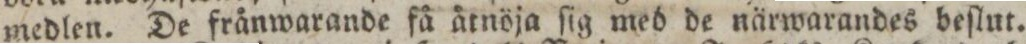
medlen. De frånwarande få åtnöja ſig med de närwarandes beſlut.